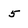
Character: 5